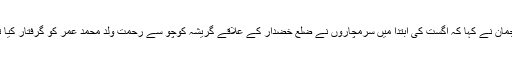
ترجمان نے کہا کہ اگست کی ابتدا میں سرمچاروں نے ضلع خضدار کے علاقے گریشہ کوچو سے رحمت ولد محمد عمر کو گرفتار کیا تھا۔